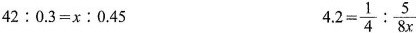
$$4 2 ：0 . 3 = x ：0 . 4 5$$ $$4 . 2 = \frac{ 1 } { 4 } ：\frac{ 5 } { 8 x }$$